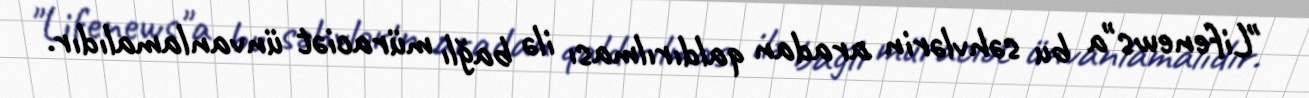
"Lifenews"a bu səhvlərin aradan qaldırılması ilə bağlı müraciət ünvanlamalıdır.